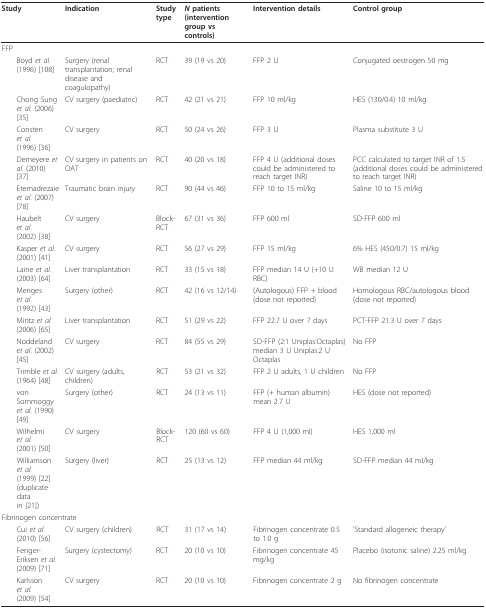
<table><thead><tr><td><b>Study</b></td><td><b>Indication</b></td><td><b>Study type</b></td><td><b><i>N </i>patients (intervention group vs controls)</b></td><td><b>Intervention details</b></td><td><b>Control group</b></td></tr></thead><tbody><tr><td colspan="6">FFP</td></tr><tr><td> Boyd <i>et al.</i>(1996) [108]</td><td>Surgery (renal transplantation; renal disease and coagulopathy)</td><td>RCT</td><td>39 (19 vs 20)</td><td>FFP 2 U</td><td>Conjugated oestrogen 50 mg</td></tr><tr><td> Chong Sung<i>et al. </i>(2006)[35]</td><td>CV surgery (paediatric)</td><td>RCT</td><td>42 (21 vs 21)</td><td>FFP 10 ml/kg</td><td>HES (130/0.4) 10 ml/kg</td></tr><tr><td> Consten <i>et al.</i>(1996) [36]</td><td>CV surgery</td><td>RCT</td><td>50 (24 vs 26)</td><td>FFP 3 U</td><td>Plasma substitute 3 U</td></tr><tr><td> Demeyere <i>et al</i>. (2010)[37]</td><td>CV surgery in patients on OAT</td><td>RCT</td><td>40 (20 vs 18)</td><td>FFP 4 U (additional doses could be administered to reach target INR)</td><td>PCC calculated to target INR of 1.5 (additional doses could be administered to reach target INR)</td></tr><tr><td> Etemadrezaie<i>et al. </i>(2007)[78]</td><td>Traumatic brain injury</td><td>RCT</td><td>90 (44 vs 46)</td><td>FFP 10 to 15 ml/kg</td><td>Saline 10 to 15 ml/kg</td></tr><tr><td> Haubelt <i>et al.</i>(2002) [38]</td><td>CV surgery</td><td>Block-RCT</td><td>67 (31 vs 36)</td><td>FFP 600 ml</td><td>SD-FFP 600 ml</td></tr><tr><td> Kasper <i>et al.</i>(2001) [41]</td><td>CV surgery</td><td>RCT</td><td>56 (27 vs 29)</td><td>FFP 15 ml/kg</td><td>6% HES (450/0.7) 15 ml/kg</td></tr><tr><td> Laine <i>et al.</i>(2003) [64]</td><td>Liver transplantation</td><td>RCT</td><td>33 (15 vs 18)</td><td>FFP median 14 U (+10 U RBC)</td><td>WB median 12 U</td></tr><tr><td> Menges <i>et al.</i>(1992) [43]</td><td>Surgery (other)</td><td>RCT</td><td>42 (16 vs 12/14)</td><td>(Autologous) FFP + blood (dose not reported)</td><td>Homologous RBC/autologous blood (dose not reported)</td></tr><tr><td> Mintz <i>et al.</i>(2006) [65]</td><td>Liver transplantation</td><td>RCT</td><td>51 (29 vs 22)</td><td>FFP 22.7 U over 7 days</td><td>PCT-FFP 21.3 U over 7 days</td></tr><tr><td> Noddeland <i>et al</i>. (2002)[45]</td><td>CV surgery</td><td>RCT</td><td>84 (55 vs 29)</td><td>SD-FFP (2:1 Uniplas:Octaplas) median 3 U Uniplas:2 U Octaplas</td><td>No FFP</td></tr><tr><td> Trimble <i>et al.</i>(1964) [48]</td><td>CV surgery (adults, children)</td><td>RCT</td><td>53 (21 vs 32)</td><td>FFP 2 U adults, 1 U children</td><td>No FFP</td></tr><tr><td> von Sommoggy<i>et al. </i>(1990)[49]</td><td>Surgery (other)</td><td>RCT</td><td>24 (13 vs 11)</td><td>FFP (+ human albumin) mean 2.7 U</td><td>HES (dose not reported)</td></tr><tr><td> Wilhelmi <i>et al.</i>(2001) [50]</td><td>CV surgery</td><td>Block-RCT</td><td>120 (60 vs 60)</td><td>FFP 4 U (1,000 ml)</td><td>HES 1,000 ml</td></tr><tr><td> Williamson <i>et al.</i>(1999) [22](duplicate datain [21])</td><td>Surgery (liver)</td><td>RCT</td><td>25 (13 vs 12)</td><td>FFP median 44 ml/kg</td><td>SD-FFP median 44 ml/kg</td></tr><tr><td colspan="6">Fibrinogen concentrate</td></tr><tr><td> Cui <i>et al.</i>(2010) [56]</td><td>CV surgery (children)</td><td>RCT</td><td>31 (17 vs 14)</td><td>Fibrinogen concentrate 0.5 to 1.0 g</td><td>&#x27;Standard allogeneic therapy&#x27;</td></tr><tr><td> Fenger-Eriksen <i>et al</i>. (2009) [71]</td><td>Surgery (cystectomy)</td><td>RCT</td><td>20 (10 vs 10)</td><td>Fibrinogen concentrate 45 mg/kg</td><td>Placebo (isotonic saline) 2.25 ml/kg</td></tr><tr><td> Karlsson <i>et al.</i>(2009) [54]</td><td>CV surgery</td><td>RCT</td><td>20 (10 vs 10)</td><td>Fibrinogen concentrate 2 g</td><td>No fibrinogen concentrate</td></tr></tbody></table>